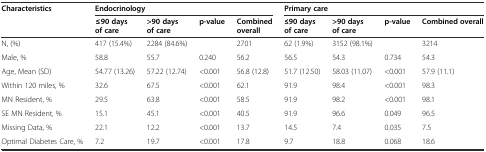
<table><thead><tr><td rowspan="2"><b>Characteristics</b></td><td colspan="4"><b>Endocrinology</b></td><td colspan="4"><b>Primary care</b></td></tr><tr><td><b>≤90 days of care</b></td><td><b>&gt;90 days of care</b></td><td><b>p-value</b></td><td><b>Combined overall</b></td><td><b>≤90 days of care</b></td><td><b>&gt;90 days of care</b></td><td><b>p-value</b></td><td><b>Combined overall</b></td></tr></thead><tbody><tr><td>N, (%)</td><td>417 (15.4%)</td><td>2284 (84.6%)</td><td></td><td>2701</td><td>62 (1.9%)</td><td>3152 (98.1%)</td><td></td><td>3214</td></tr><tr><td>Male, %</td><td>58.8</td><td>55.7</td><td>0.240</td><td>56.2</td><td>56.5</td><td>54.3</td><td>0.734</td><td>54.3</td></tr><tr><td>Age, Mean (SD)</td><td>54.77 (13.26)</td><td>57.22 (12.74)</td><td>&lt;0.001</td><td>56.8 (12.8)</td><td>51.7 (12.50)</td><td>58.03 (11.07)</td><td>&lt;0.001</td><td>57.9 (11.1)</td></tr><tr><td>Within 120 miles, %</td><td>32.6</td><td>67.5</td><td>&lt;0.001</td><td>62.1</td><td>91.9</td><td>98.4</td><td>&lt;0.001</td><td>98.3</td></tr><tr><td>MN Resident, %</td><td>29.5</td><td>63.8</td><td>&lt;0.001</td><td>58.5</td><td>91.9</td><td>98.2</td><td>&lt;0.001</td><td>98.1</td></tr><tr><td>SE MN Resident, %</td><td>15.1</td><td>45.1</td><td>&lt;0.001</td><td>40.5</td><td>91.9</td><td>96.6</td><td>0.049</td><td>96.5</td></tr><tr><td>Missing Data, %</td><td>22.1</td><td>12.2</td><td>&lt;0.001</td><td>13.7</td><td>14.5</td><td>7.4</td><td>0.035</td><td>7.5</td></tr><tr><td>Optimal Diabetes Care, %</td><td>7.2</td><td>19.7</td><td>&lt;0.001</td><td>17.8</td><td>9.7</td><td>18.8</td><td>0.068</td><td>18.6</td></tr></tbody></table>